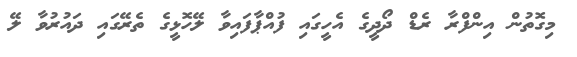
މިގޮތުން އިންފްރާ ރެޑް ދޯދީގެ އެހީގައި ފުއްޕާފައިވާ ލޭހޮޅީގެ ތެރޭގައި ދައުރުވާ ލޭ